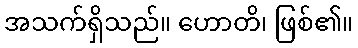
အသက်ရှိသည်။ ဟောတိ၊ ဖြစ်၏။